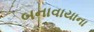
બનાવાયાના